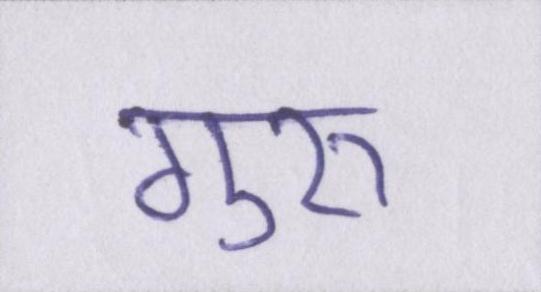
गुरुॱ